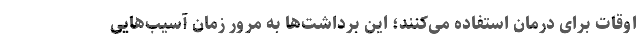
اوقات برای درمان استفاده می‌کنند؛ این برداشت‌ها به مرور زمان آسیب‌هایی